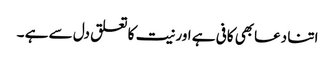
اتنا دعابھی کافی ہے اور نیت کا تعلق دل سے ہے ۔